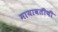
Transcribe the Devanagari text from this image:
मायावतीची